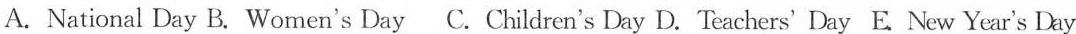
A.National Day B. Women's Day C. Children's Day D. Teachers' Day E. New Year's Day